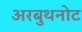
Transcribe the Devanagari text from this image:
अरबुथनोट